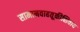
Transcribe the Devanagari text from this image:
सामानवाहतूकीशिवाय